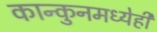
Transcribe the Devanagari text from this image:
कान्कुनमध्येही